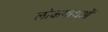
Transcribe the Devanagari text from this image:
लोकगाथओं